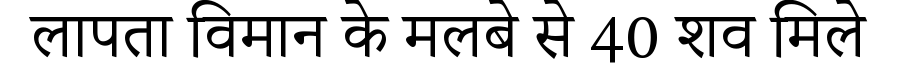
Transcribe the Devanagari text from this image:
लापता विमान के मलबे से 40 शव मिले